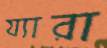
য্যারা